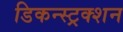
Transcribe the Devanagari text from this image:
डिकन्स्ट्रक्शन